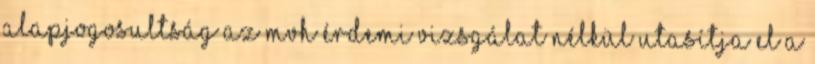
Alapjogosultság Az MVH érdemi vizsgálat nélkül utasítja el a